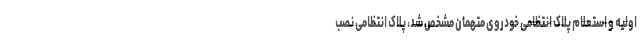
اولیه و استعلام پلاک انتظامی خودروی متهمان مشخص شد، پلاک انتظامی نصب